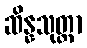
ဆိန္နသုတ္တာ